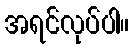
အရင်လုပ်ပါ။